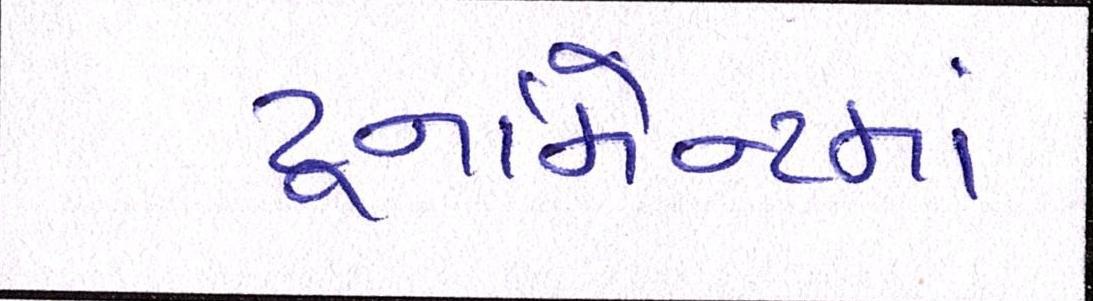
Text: ટૂર્નામેન્ટમાં